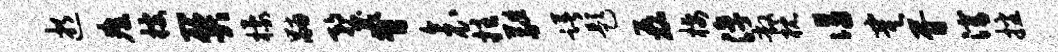
逝瘴搜关檬黼蝥脊衾拄蕤躇题磊栖淳敞枕谒寞胥潜播